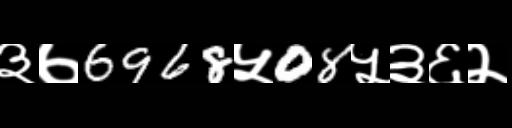
Text: ३७6968५08५३६२